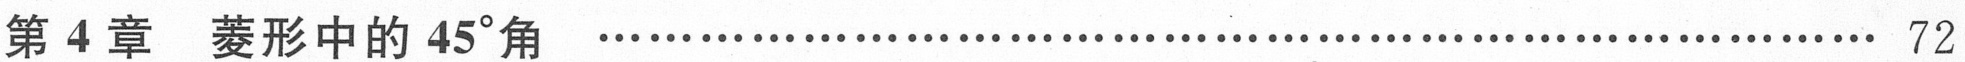
第4章  菱形中的\(45^{\circ}\)角 \(\cdots\cdots\cdots\cdots\cdots\cdots\cdots\cdots\cdots\cdots\cdots\cdots\cdots\cdots\cdots\cdots\cdots\cdots\cdots\cdots\cdots\cdots\cdots\cdots\cdots\cdots\cdots\cdots\cdots\cdots\cdots\cdots\cdots\cdots\cdots\) 72